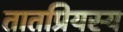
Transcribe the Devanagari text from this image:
तातप्रियस्य